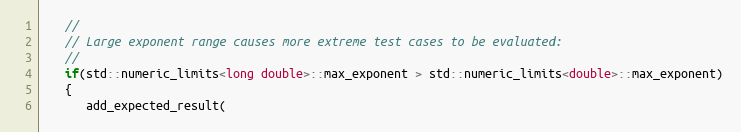
Language: C++
   //
   // Large exponent range causes more extreme test cases to be evaluated:
   //
   if(std::numeric_limits<long double>::max_exponent > std::numeric_limits<double>::max_exponent)
   {
      add_expected_result(